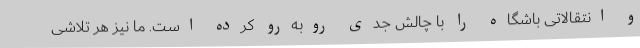
و انتقالاتی باشگاه را با چالش جدی رو‌به‌رو کرده است. ما نیز هر تلاشی